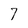
Character: 7